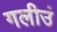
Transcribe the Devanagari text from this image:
गलीउं